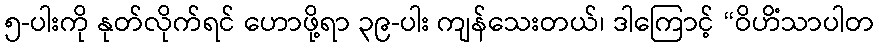
၅-ပါးကို နုတ်လိုက်ရင် ဟောဖို့ရာ ၃၉-ပါး ကျန်သေးတယ်၊ ဒါကြောင့် “ဝိဟိံသာပါတ